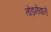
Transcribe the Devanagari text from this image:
तोड़नेवाले